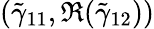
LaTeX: (\tilde{\gamma}_{11},\Re(\tilde{\gamma}_{12}))